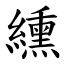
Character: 纁